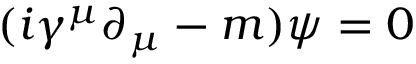
( i \gamma ^ { \mu } \partial _ { \mu } - m ) \psi = 0